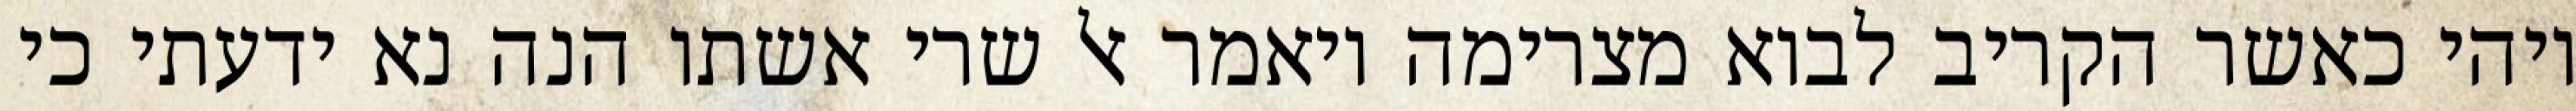
ויהי כאשר הקריב לבוא מצרימה ויאמר אל שרי אשתו הנה נא ידעתי כי